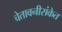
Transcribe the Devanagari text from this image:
चेतावनीसंकेत